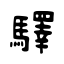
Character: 驛